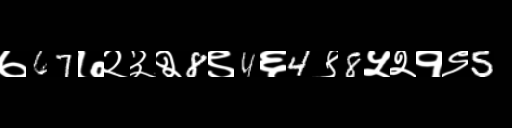
Text: ७67७२३२8९4६4९8५२१९5